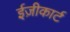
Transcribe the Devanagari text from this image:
ईज़ीकार्ट